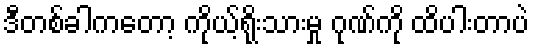
ဒီတစ်ခါကတော့ ကိုယ့်ရိုးသားမှု ဂုဏ်ကို ထိပါးတာပဲ